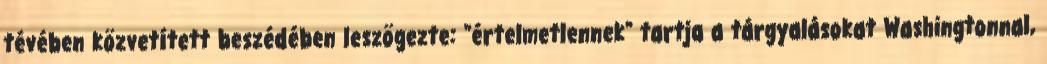
tévében közvetített beszédében leszögezte: "értelmetlennek" tartja a tárgyalásokat Washingtonnal,